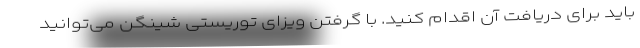
باید برای دریافت آن اقدام کنید. با گرفتن ویزای توریستی شینگن می‌توانید